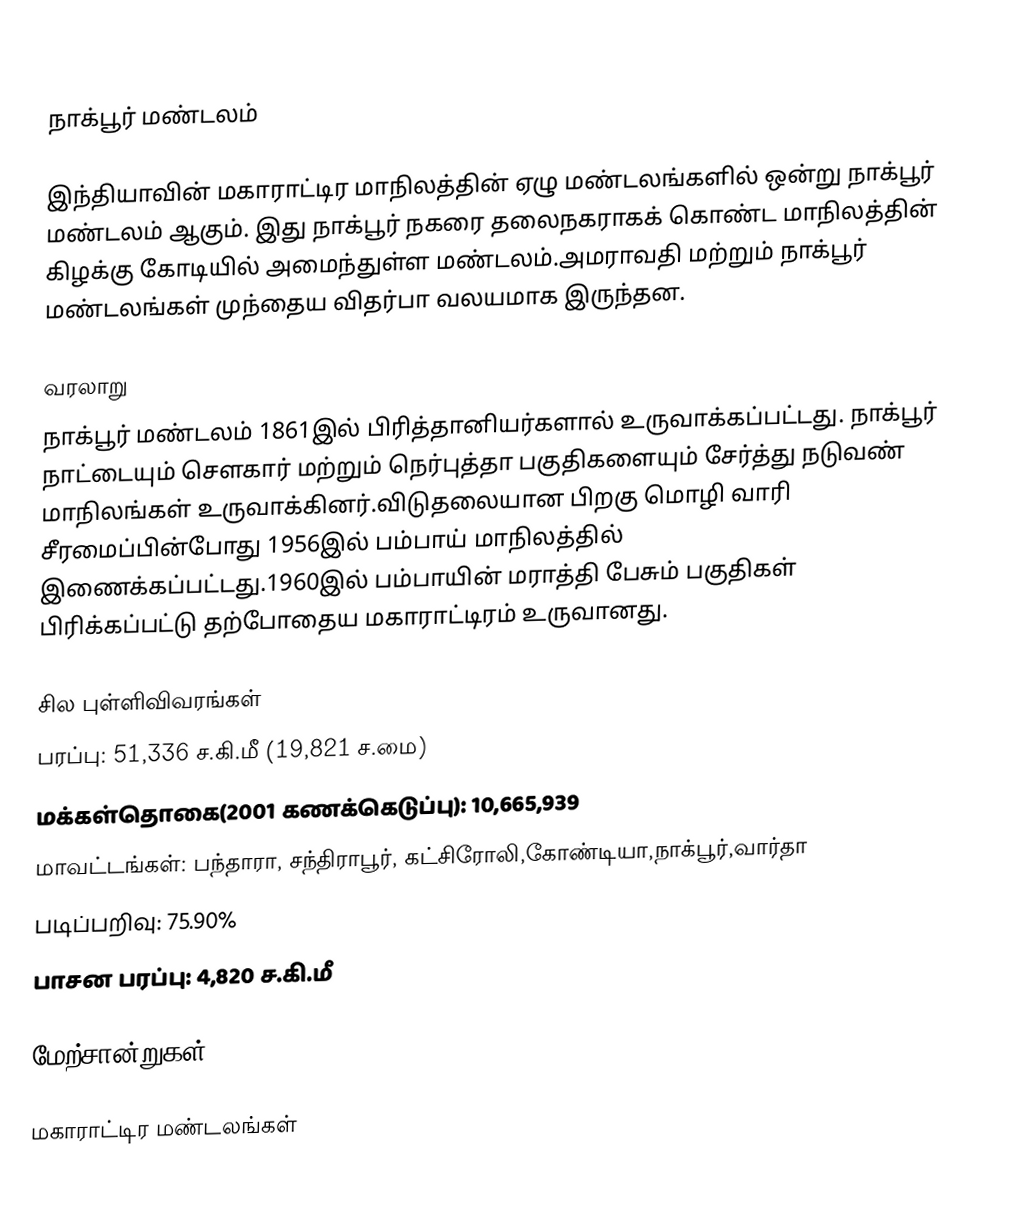

நாக்பூர் மண்டலம்

இந்தியாவின் மகாராட்டிர மாநிலத்தின் ஏழு மண்டலங்களில் ஒன்று நாக்பூர் மண்டலம் ஆகும். இது நாக்பூர் நகரை தலைநகராகக் கொண்ட மாநிலத்தின் கிழக்கு கோடியில் அமைந்துள்ள மண்டலம்.அமராவதி மற்றும் நாக்பூர் மண்டலங்கள் முந்தைய விதர்பா வலயமாக இருந்தன.

வரலாறு
நாக்பூர் மண்டலம் 1861இல் பிரித்தானியர்களால் உருவாக்கப்பட்டது. நாக்பூர் நாட்டையும்   சௌகார் மற்றும் நெர்புத்தா பகுதிகளையும் சேர்த்து நடுவண் மாநிலங்கள் உருவாக்கினர்.விடுதலையான பிறகு மொழி வாரி சீரமைப்பின்போது 1956இல் பம்பாய் மாநிலத்தில் இணைக்கப்பட்டது.1960இல் பம்பாயின் மராத்தி பேசும் பகுதிகள் பிரிக்கப்பட்டு தற்போதைய மகாராட்டிரம் உருவானது.

சில புள்ளிவிவரங்கள்
 பரப்பு: 51,336 ச.கி.மீ (19,821 ச.மை)
 மக்கள்தொகை(2001 கணக்கெடுப்பு): 10,665,939
 மாவட்டங்கள்: பந்தாரா, சந்திராபூர், கட்சிரோலி,கோண்டியா,நாக்பூர்,வார்தா
 படிப்பறிவு: 75.90%
 பாசன பரப்பு: 4,820 ச.கி.மீ

மேற்சான்றுகள்

மகாராட்டிர மண்டலங்கள்